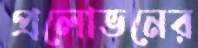
প্রলোভনের